Annual administration report of the Civil Veterinary Department of India - 1897-1898
Year: 1897
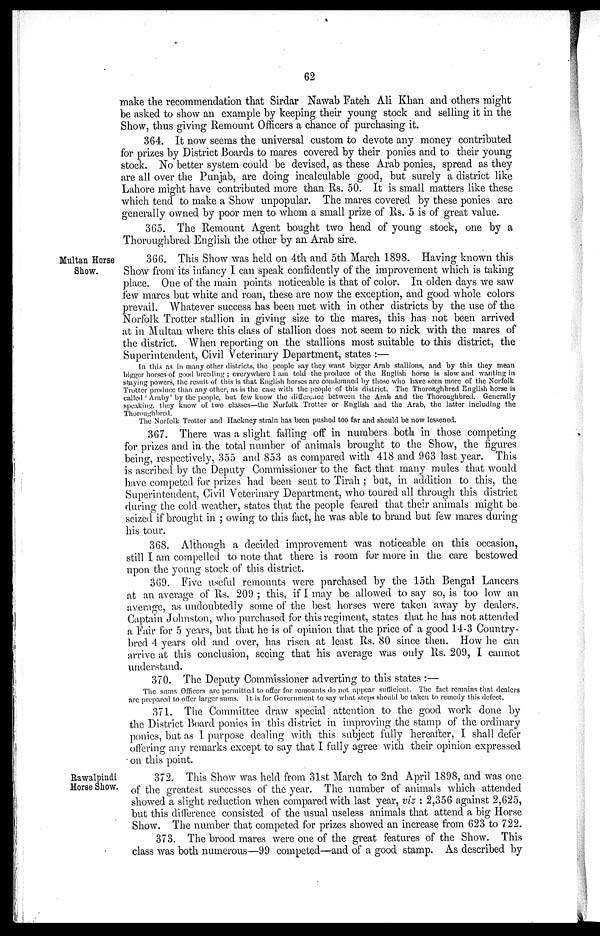
62
make the recommendation that Sirdar Nawab Fateh Ali Khan and others might
be asked to show an example by keeping their young stock and selling it in the
Show, thus giving Remount Officers a chance of purchasing it.
364. It now seems the universal custom to devote any money contributed
for prizes by District Boards to mares covered by their ponies and to their young
stock. No better system could be devised, as these Arab ponies, spread as they
are all over the Punjab, are doing incalculable good, but surely a district like
Lahore might have contributed more than Rs. 50. It is small matters like these
which tend to make a Show unpopular. The mares covered by these ponies are
generally owned by poor men to whom a small prize of Rs. 5 is of great value.
365. The Remount Agent bought two head of young stock, one by a
Thoroughbred English the other by an Arab sire.
Multan Horse
Show.
366. This Show was held on 4th and 5th March 1898. Having known this
Show from its infancy I can speak confidently of the improvement which is taking
place. One of the main points noticeable is that of color. In olden days we saw
few mares but white and roan, these are now the exception, and good whole colors
prevail. Whatever success has been met with in other districts by the use of the
Norfolk Trotter stallion in giving size to the mares, this has not been arrived
at in Multan where this class of stallion does not seem to nick with the mares of
the district. When reporting on the stallions most suitable to this district, the
Superintendent, Civil Veterinary Department, states:—
In this as in many other districts, the people say they want bigger Arab stallions, and by this they mean
bigger horses of good breeding; everywhere I am told the produce of the English horse is slow and wanting in
staying powers, the result of this is that English horses are condemned by those who have seen more of the Norfolk
Trotter produce than any other, as is the case with the people of this district. The Thoroughbred English horse is
called 'Araby' by the people, but few know the difference between the Arab and the Thoroughbred. Generally
speaking, they know of two classes—the Norfolk Trotter or English and the Arab, the latter including the
Thoroughbred.
The Norfolk Trotter and Hackney strain has been pushed too far and should be now lessened.
367. There was a slight falling off in numbers both in those competing
for prizes and in the total number of animals brought to the Show, the figures
being, respectively, 355 and 853 as compared with 418 and 963 last year. This
is ascribed by the Deputy Commissioner to the fact that many mules that would
have competed for prizes had been sent to Tirah; but, in addition to this, the
Superintendent, Civil Veterinary Department, who toured all through this district
during the cold weather, states that the people feared that their animals might be
seized if brought in; owing to this fact, he was able to brand but few mares during
his tour.
368. Although a decided improvement was noticeable on this occasion,
still I am compelled to note that there is room for more in the care bestowed
upon the young stock of this district.
369. Five useful remounts were purchased by the 15th Bengal Lancers
at an average of Rs. 209; this, if I may be allowed to say so, is too low an
average, as undoubtedly some of the best horses were taken away by dealers.
Captain Johnston, who purchased for this regiment, states that he has not attended
a Fair for 5 years, but that he is of opinion that the price of a good 14-3 Country-
bred 4 years old and over, has risen at least Rs. 80 since then. How he can
arrive at this conclusion, seeing that his average was only Rs. 209, I cannot
understand.
370. The Deputy Commissioner adverting to this states:—
The sums Officers are permitted to offer for remounts do not appear sufficient. The fact remains that dealers
are prepared to offer larger sums. It is for Government to say what steps should be taken to remedy this defect.
371. The Committee draw special attention to the good work done by
the District Board ponies in this district in improving the stamp of the ordinary
ponies, but as I purpose dealing with this subject fully hereafter, I shall defer
offering any remarks except to say that I fully agree with their opinion expressed
on this point.
Rawalpindi
Horse Show.
372. This Show was held from 31st March to 2nd April 1898, and was one
of the greatest successes of the year. The number of animals which attended
showed a slight reduction when compared with last year, viz: 2,356 against 2,625,
but this difference consisted of the usual useless animals that attend a big Horse
Show. The number that competed for prizes showed an increase from 623 to 722.
373. The brood mares were one of the great features of the Show. This
class was both numerous—99 competed—and of a good stamp. As described by